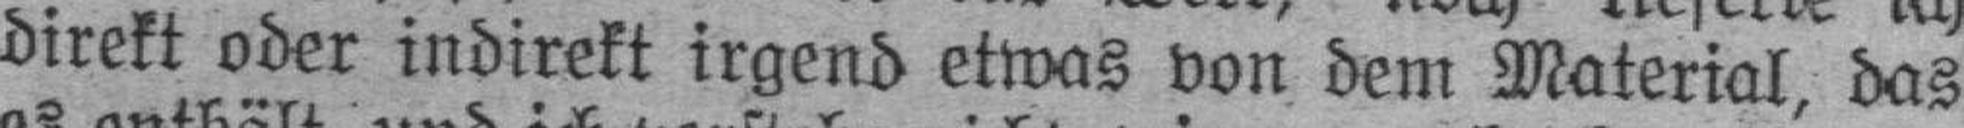
direkt oder indirekt irgend etwas von dem Material, das